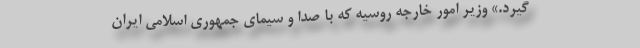
گیرد.» وزیر امور خارجه روسیه که با صدا و سیمای جمهوری اسلامی ایران